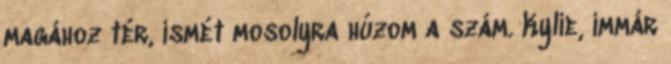
magához tér, ismét mosolyra húzom a szám. Kylie, immár